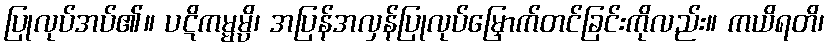
ပြုလုပ်အပ်၏။ ပဋိကမ္မမ္ပိ၊ အပြန်အလှန်ပြုလုပ်မြှောက်တင်ခြင်းကိုလည်း။ ကယိရတိ၊